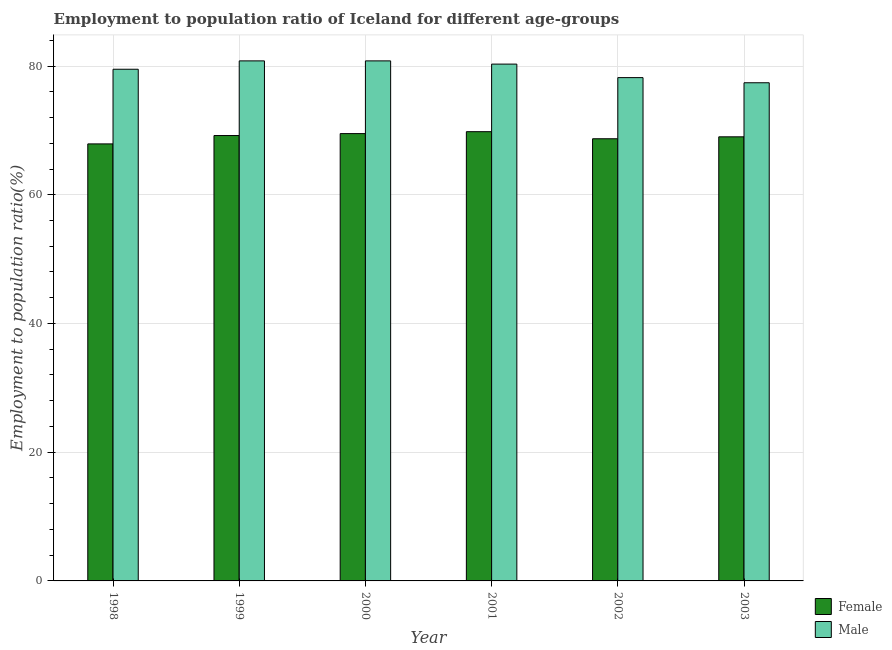
| Year | Female | Male |
 | --- | --- | --- |
 | 1998 | 67.9 | 79.5 |
 | 1999 | 69.2 | 80.8 |
 | 2000 | 69.5 | 80.8 |
 | 2001 | 69.8 | 80.3 |
 | 2002 | 68.7 | 78.2 |
 | 2003 | 69 | 77.4 |